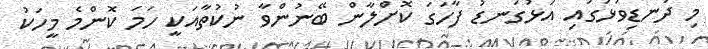
މި ދަނޑިވަޅުގައި އަޅުގަނޑު ފާހަގަ ކޮށްލާން ބޭނުންވާ ނުކުތާއަކީ ހަމަ ކޮންމެ މީހަކު